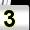
Digit: 3